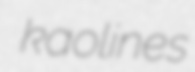
kaolines